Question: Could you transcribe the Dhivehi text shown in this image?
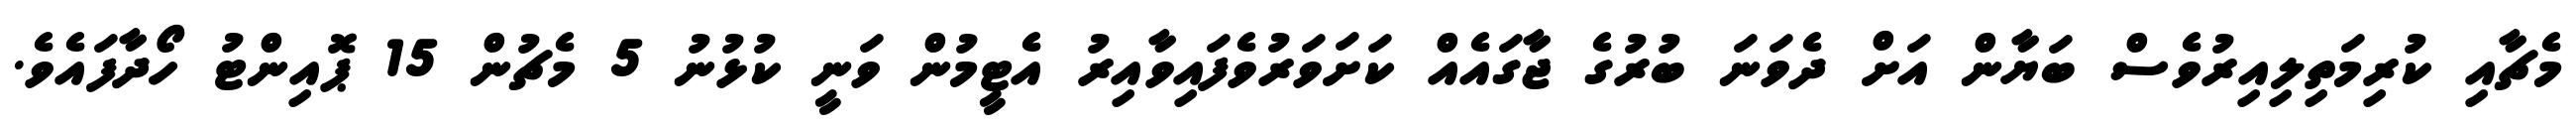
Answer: މެޗާއި ކުރިމަތިލިއިރުވެސް ބަޔާން އަށް ދެވަނަ ބުރުގެ ޖާގައެއް ކަށަވަރުވެފައިވާއިރު އެޓީމުން ވަނީ ކުޅުނު 5 މެޗުން 15 ޕޮއިންޓު ހޯދާފައެވެ.